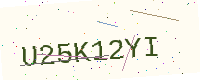
Text: U25K12YI